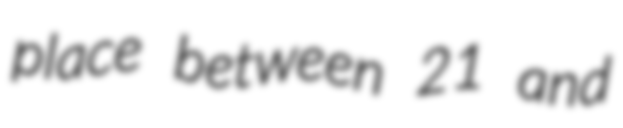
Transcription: place between 21 and